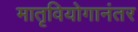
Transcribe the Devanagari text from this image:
मातृवियोगानंतर